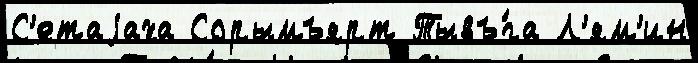
С'етаjаха Сорымъярт Тывъ́га Л'ям'ин